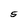
Character: S